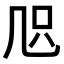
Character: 𠙂